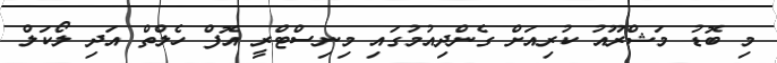
މި ބޮޑު މަޝްރޫއު ކުރިއަށް ގެންދިއުމުގައި މިނިސްޓްރީ އޮފް ހެލްތް އަދި ލޯކަލް